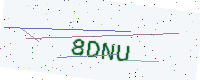
Text: 8DNU